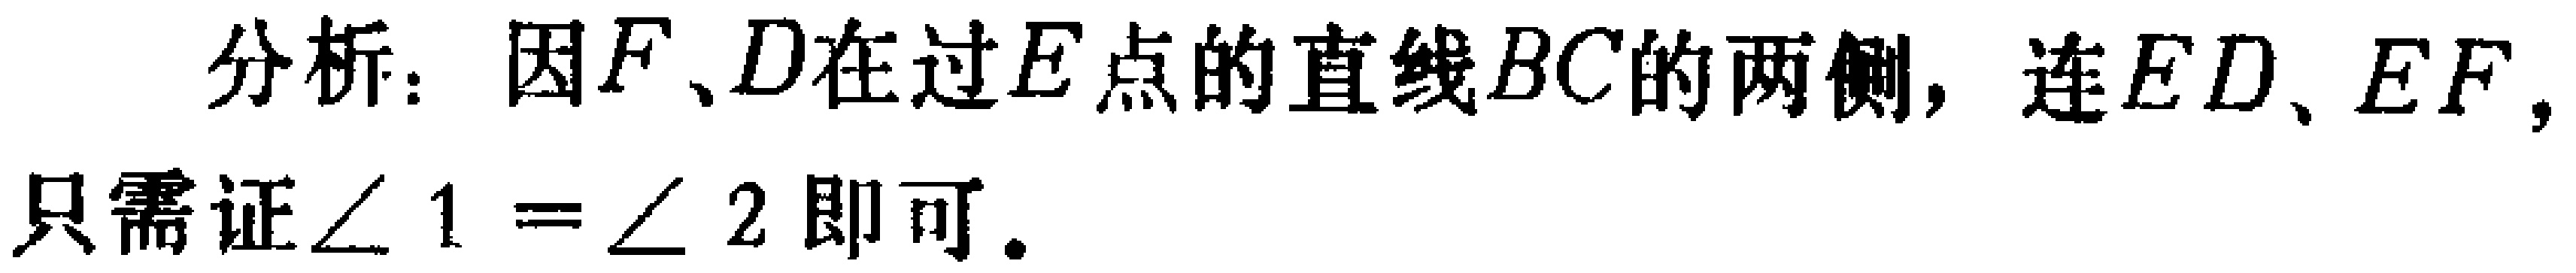
分析：因\(F\)、\(D\)在过\(E\)点的直线\(BC\)的两侧，连\(ED\)、\(EF\)，只需证\(\angle 1 = \angle 2\)即可。